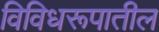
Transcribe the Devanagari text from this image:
विविधरूपातील